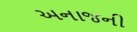
અનાજની